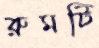
রুমটি